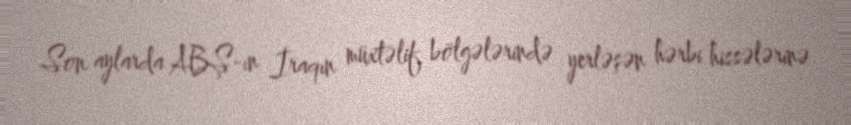
Son aylarda ABŞ-ın İraqın müxtəlif bölgələrində yerləşən hərbi hissələrinə